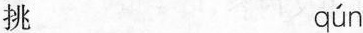
挑 qún